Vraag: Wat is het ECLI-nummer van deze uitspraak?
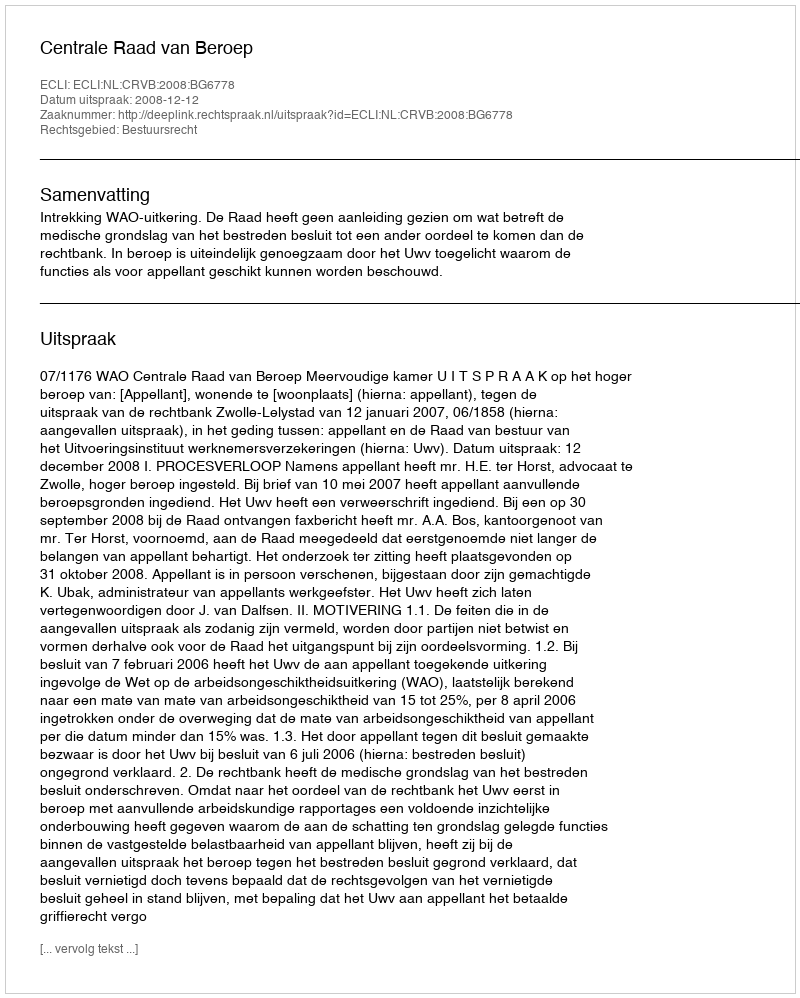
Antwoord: ECLI:NL:CRVB:2008:BG6778